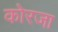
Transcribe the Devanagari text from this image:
कोरजा